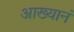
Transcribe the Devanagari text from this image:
आख्यानं